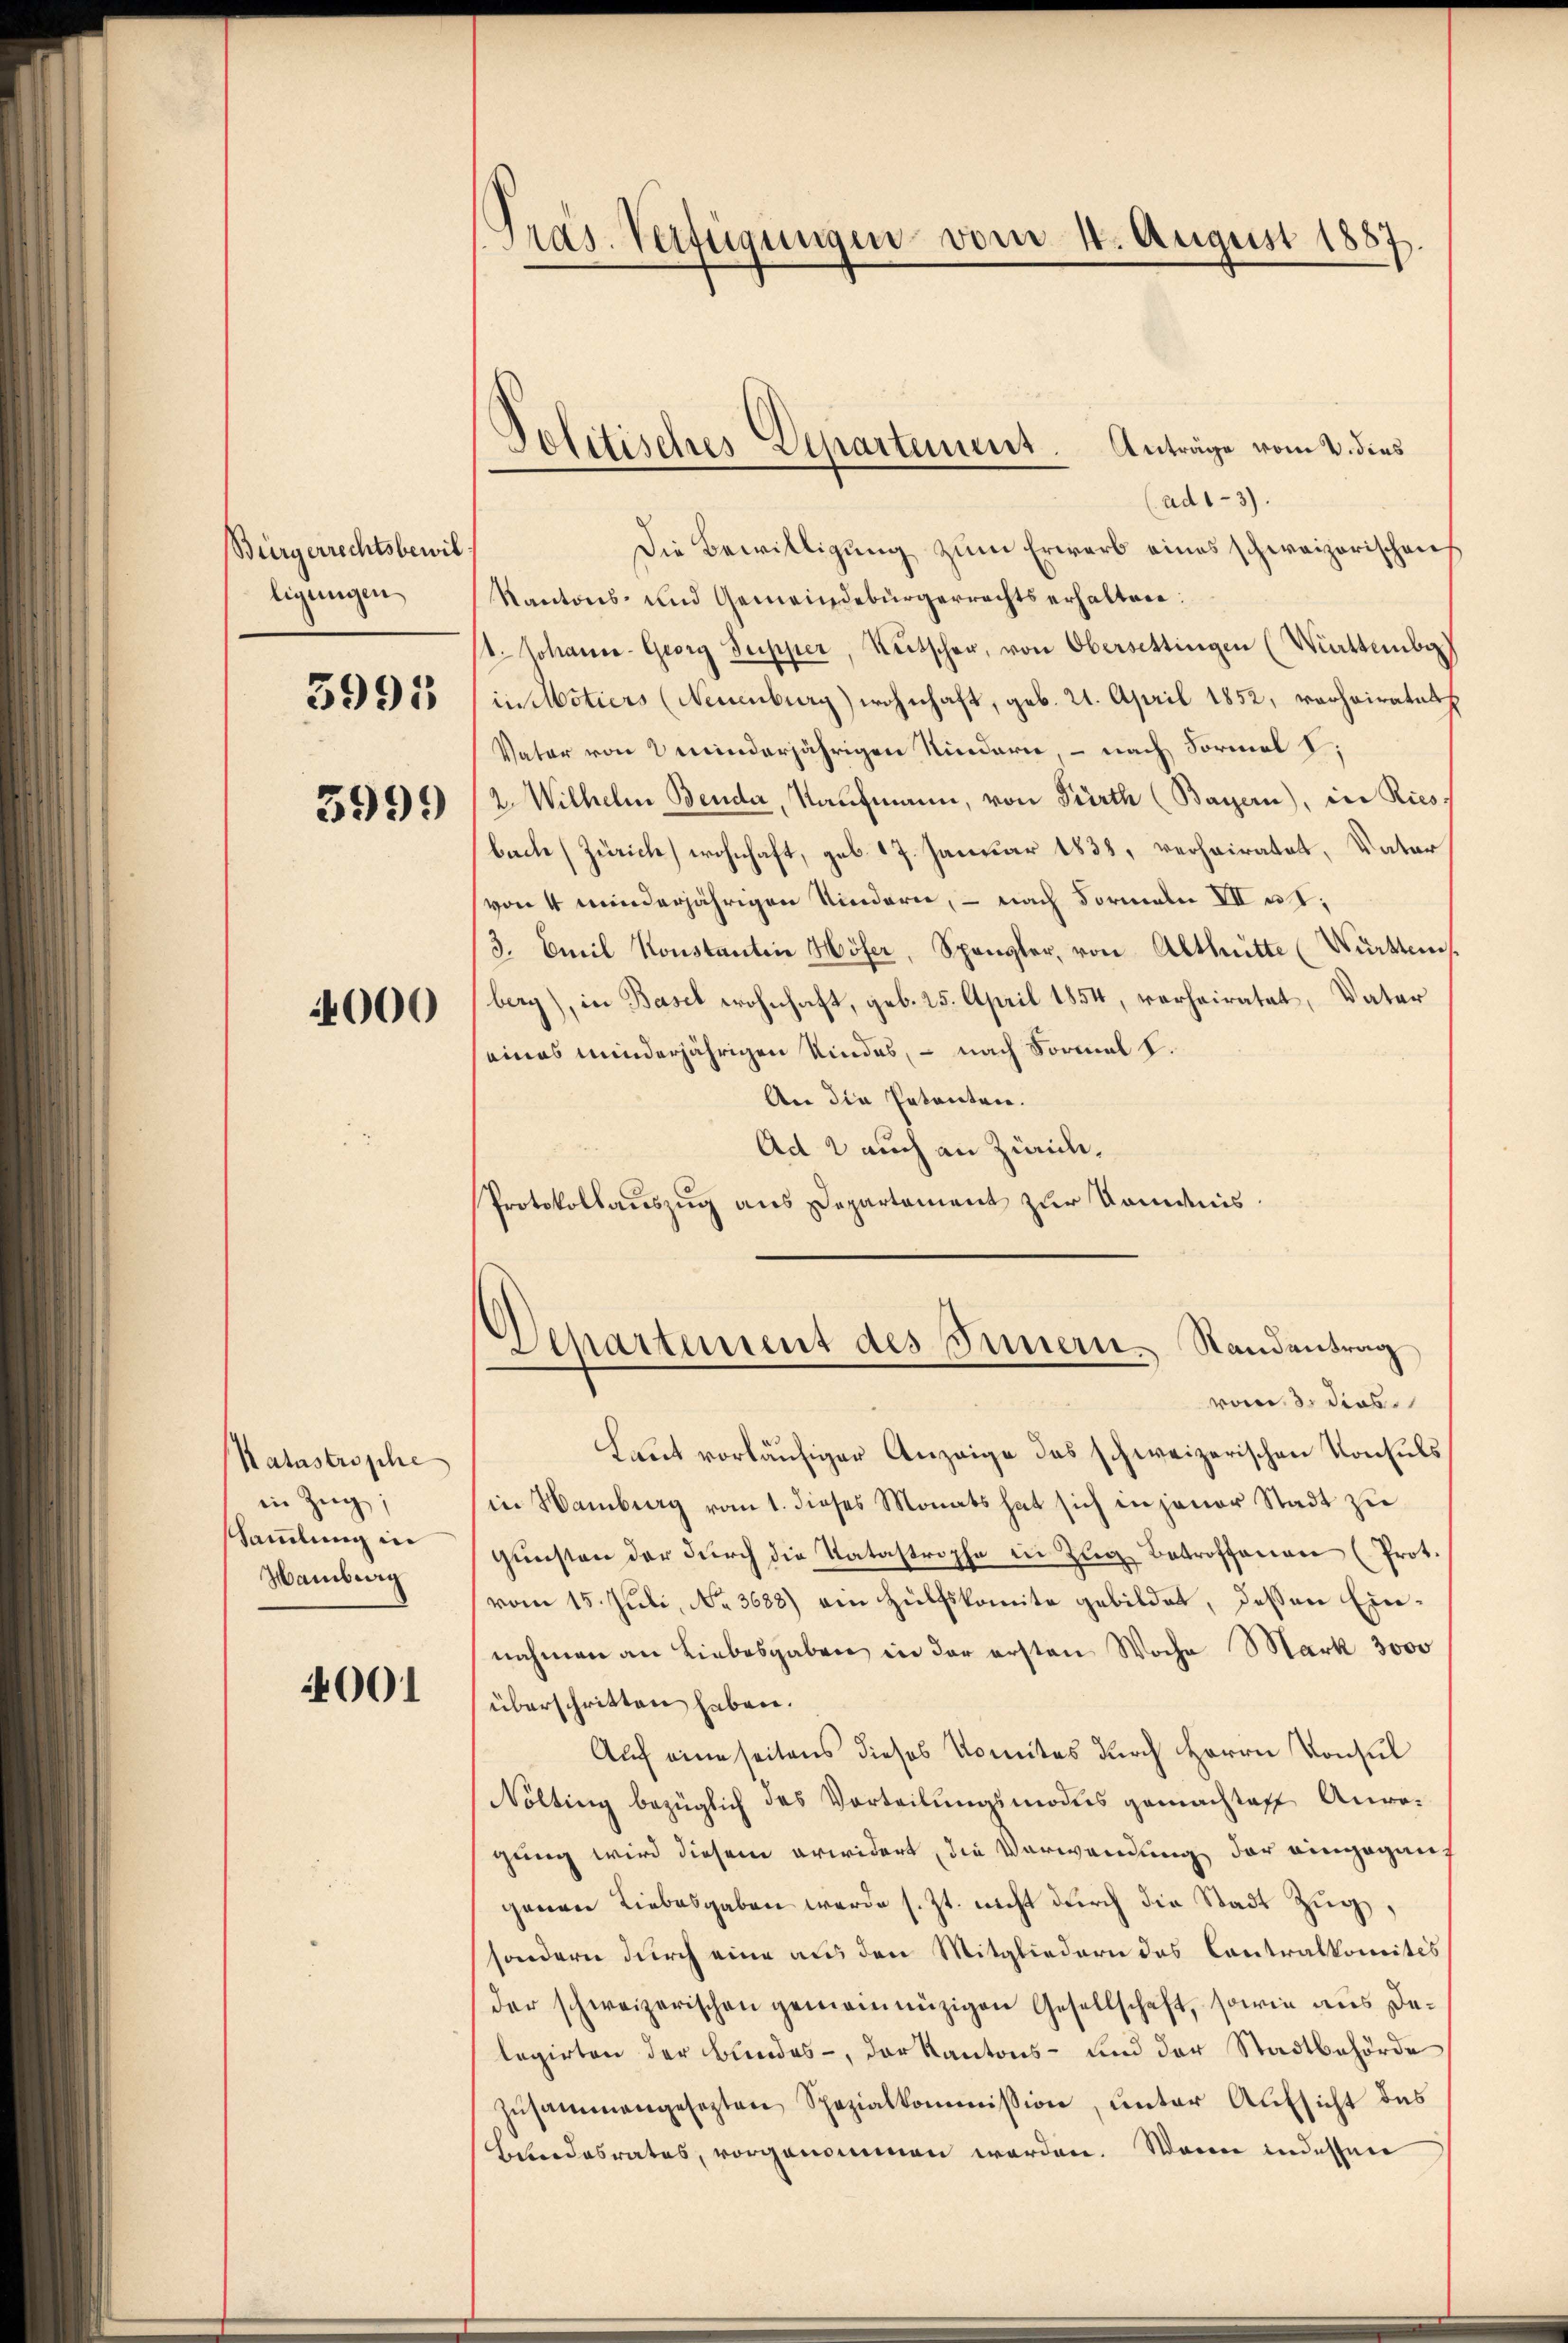
Bürgerrechtsbewil
ligungen
3991
3999

4000

Katastrophe
in Zug;
Sammlung in
Hamburg

001

Pras. Verfügungen vom 14. August 1887.

Politisches Departement. Anträge vom 2. dies

(ad1-3).
Die Bewilligung zum Erwerb eines schweizerischen
Kantons- und Gemeindebürgerrechts erhalten:
1. Johann- Georg Supper, Rutscher, von Obersettingen (Württember)
in Motiers (Neuenburg) wohnhaft, geb. 21. April 1852, verheiratul
Vater von minderjährigen Kindern, – nach Formal I
2. Wilhelm Bender, Kaufmann, von Pürth (Bayern), in Riesbache (Zürich) wohnhaft, geb. 17. Januar 1833, verheiratet, Vater
von 4 minderjährigen Niedern, — nach Formeln VII ut;
3. Emil Konstantin Höser, Spangler, von Althnitte (Württems.
berg), in Basel wohnhaft, geb. 25. April 1854, verheiratet, Vater
eines minderjährigen Kindes, – nach Formal I.
An die Petenten.
Ad 2 auch an Zwick¬
Protokollauszug aus Departement zur Kommis¬

.
Departement des Innern. Standentrag
vom 3. dies

Laut vorläufiger Anzeige des schweizerischen Konsuls
in Hamburg vom 1. dieses Monats hat sich in jener Stadt zu
gŭnsten der dŭrch die Katastrophe in Zŭg betroffenen (Prot.
vom 15. Juli, No. 3688) ein Hülfskomite gebildet, deßen Einnahmen an Liebesgaben in der ersten Woche Mark 3000
überschritten haben.
Auf eine seitens dieses Komites durch Herrn Konsul
Nölting bezüglich das Vorteilungsmodus gemachtoff Anre-
gung wird diesem erwidert, die Verwendung der eingegangenen Liebesgaben werde s. Zt. nicht durch die Stadt Zug,
sondern durch eine aus den Mitgliedern das Contralkomités
der schweizerischen gemeinnüzigen Gesellschaft, sowie aus Delegirten der Bundes, der Kantons- und der Stadtbehörde
Zusammengesezten Spezialkommission, unter Aufsicht des
Bundesrates, vorgenommen werden. Wenn indessen